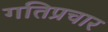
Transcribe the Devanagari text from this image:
गतिप्रचार